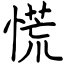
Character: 慌